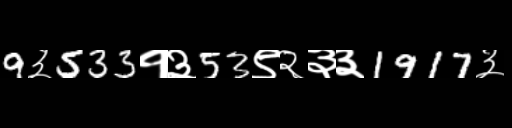
Text: 9३533१३53९२३३1917३